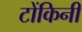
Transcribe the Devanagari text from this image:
टोंकिनी